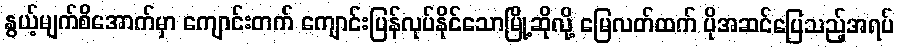
နွယ့်မျက်စိအောက်မှာ ကျောင်းတက် ကျောင်းပြန်လုပ်နိုင်သောမြို့ဆိုလို့ မြေလတ်ထက် ပိုအဆင်ပြေသည့်အရပ်